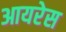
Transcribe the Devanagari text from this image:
आयरेस